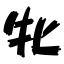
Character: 牝